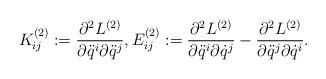
LaTeX: \begin{align*}K^{(2)}_{ij}:=\frac{\partial^{2} L^{(2)}}{\partial\ddot{q}^{i}\partial\ddot{q}^{j}},E^{(2)}_{ij}:=\frac{\partial^{2}L^{(2)}}{\partial\ddot{q}^{i}\partial\dot{q}^{j}}-\frac{\partial^{2}L^{(2)}}{\partial\ddot{q}^{j}\partial\dot{q}^{i}}.\end{align*}